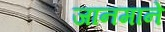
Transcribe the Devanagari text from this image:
जानमाने